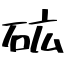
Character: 砿